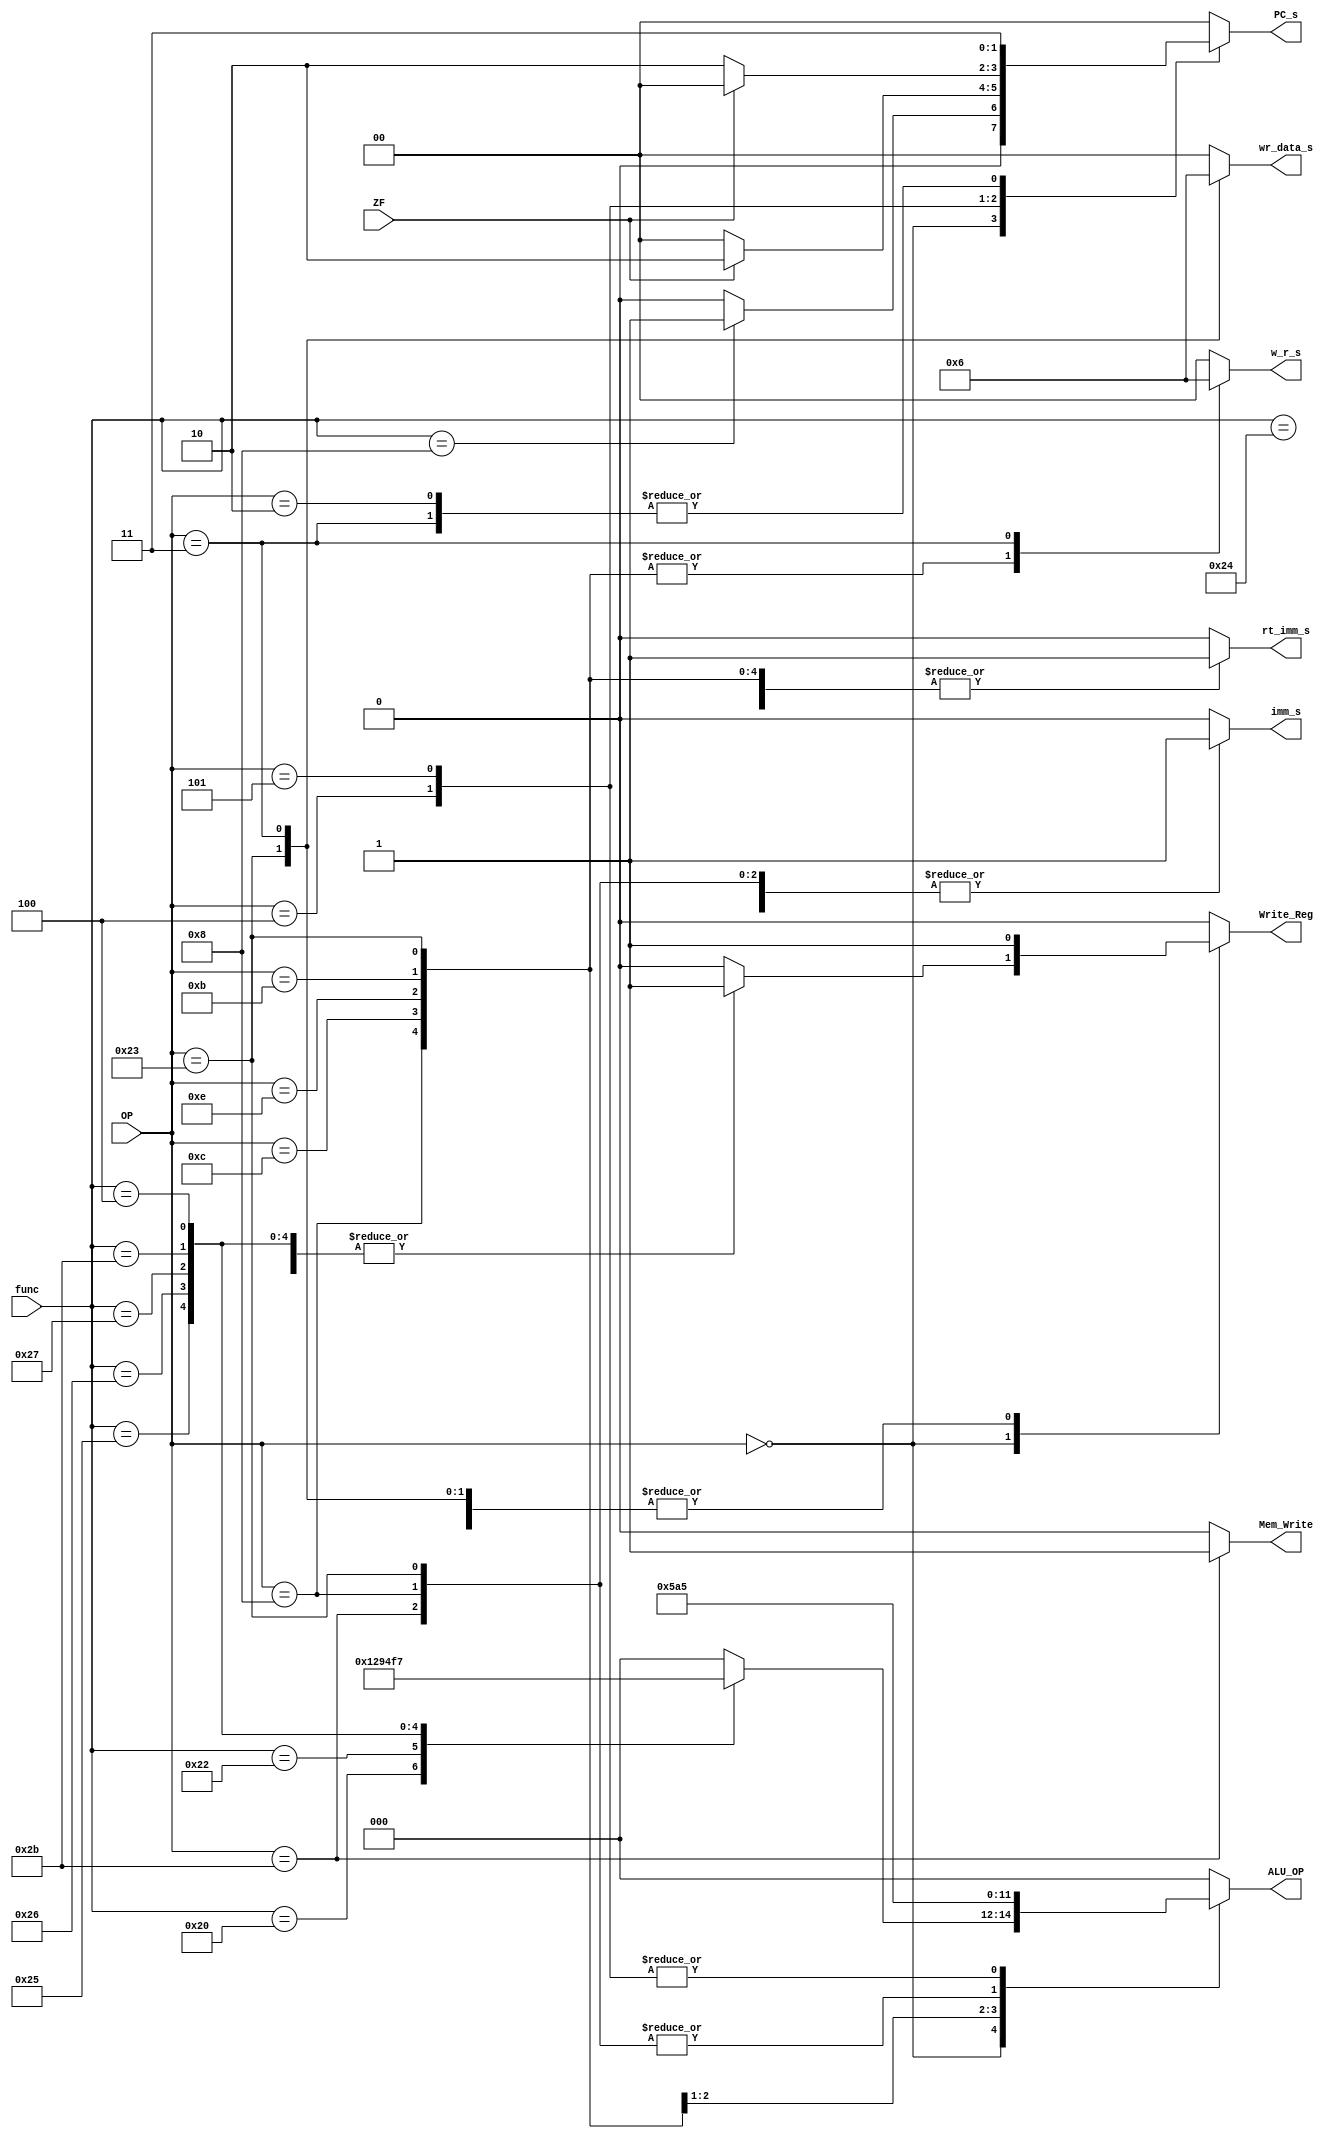
// Controller.v
module Controller(OP, func, ZF, w_r_s, imm_s, rt_imm_s, wr_data_s, ALU_OP, Write_Reg, Mem_Write, PC_s);
    input[5:0] OP, func;
    input ZF;
    output reg imm_s, rt_imm_s, Write_Reg, Mem_Write;
    output reg[1:0] w_r_s, wr_data_s, PC_s;
    output reg[2:0] ALU_OP;
    
    always @(*)
    begin
        w_r_s = 2'b00;
        imm_s = 0;
        rt_imm_s = 0;
        wr_data_s = 2'b00;
        ALU_OP = 3'b000;
        Write_Reg = 0;
        Mem_Write = 0;
        PC_s = 2'b00;
        case(OP)
            6'b000000:
            begin
                case(func)
                    6'b100000: begin ALU_OP = 3'b100; Write_Reg = 1; end
                    6'b100010: begin ALU_OP = 3'b101; Write_Reg = 1; end
                    6'b100100: begin ALU_OP = 3'b000; Write_Reg = 1; end
                    6'b100101: begin ALU_OP = 3'b001; Write_Reg = 1; end
                    6'b100110: begin ALU_OP = 3'b010; Write_Reg = 1; end
                    6'b100111: begin ALU_OP = 3'b011; Write_Reg = 1; end
                    6'b101011: begin ALU_OP = 3'b110; Write_Reg = 1; end
                    6'b000100: begin ALU_OP = 3'b111; Write_Reg = 1; end
                    6'b001000: PC_s = 2'b01; //jr
                endcase
            end
            6'b001000: //addi
            begin
                w_r_s = 2'b01;
                imm_s = 1;
                rt_imm_s = 1;
                ALU_OP = 3'b100;
                Write_Reg = 1;
            end
            6'b001100: //andi
            begin
                w_r_s = 2'b01;
                rt_imm_s = 1;
                ALU_OP = 3'b000;
                Write_Reg = 1;
            end
            6'b001110: //xori
            begin
                w_r_s = 2'b01;
                rt_imm_s = 1;
                ALU_OP = 3'b010;
                Write_Reg = 1;
            end
            6'b001011: //sltiu
            begin
                w_r_s = 2'b01;
                rt_imm_s = 1;
                ALU_OP = 3'b110;
                Write_Reg = 1;
            end
            6'b100011: //lw
            begin
                w_r_s = 2'b01;
                imm_s = 1;
                rt_imm_s = 1;
                wr_data_s = 2'b01;
                ALU_OP = 3'b100;
                Write_Reg = 1;
            end
            6'b101011: //sw
            begin
                imm_s = 1;
                rt_imm_s = 1;
                ALU_OP = 3'b100;
                Mem_Write = 1;
            end
            6'b000100: //beq
            begin
                imm_s = 1;
                ALU_OP = 3'b101;
                PC_s = ZF ? 2'b10 : 2'b00;
            end
            6'b000101: //bne
            begin
                imm_s = 1;
                ALU_OP = 3'b101;
                PC_s = ZF ? 2'b00 : 2'b10;
            end
            6'b000010: //j
            begin
                PC_s = 2'b11;
            end
            6'b000011: //jal
            begin
                w_r_s = 2'b10;
                wr_data_s = 2'b10;
                Write_Reg = 1;
                PC_s = 2'b11;
            end
        endcase
        
    end
    
endmodule